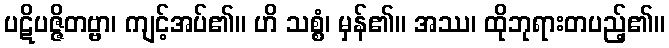
ပဋိပဇ္ဇိတဗ္ဗာ၊ ကျင့်အပ်၏။ ဟိ သစ္စံ၊ မှန်၏။ အဿ၊ ထိုဘုရားတပည့်၏။